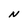
Character: N